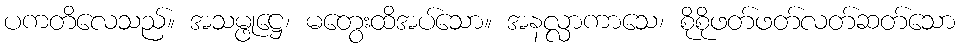
ပကတိလေသည်။ အသမ္ဖုဋ္ဌေ၊ မတွေးထိအပ်သော။ အနလ္လာကာသေ၊ စိုစိုဖတ်ဖတ်လတ်ဆတ်သော